Reports on military cantonments and civil stations in the Presidency of Bombay inspected by the Sanitary Commissioner in the years 1875 and 1876
Year: 1875
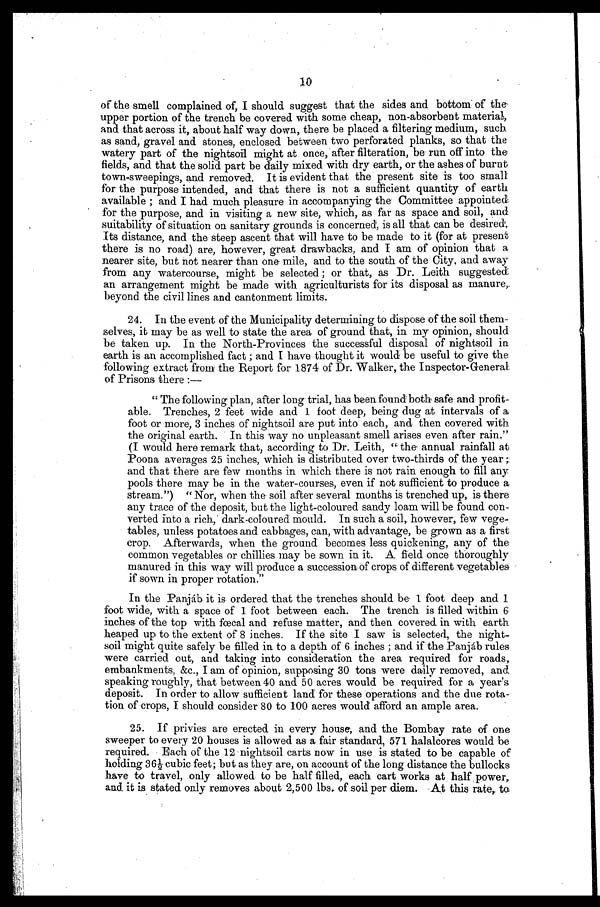
of the smell complained of, I should suggest that the sides and bottom of the
upper portion of the trench be covered with some cheap, non-absorbent material,
and that across it, about half way down, there be placed a filtering medium, such
as sand, gravel and stones, enclosed between two perforated planks, so that the
watery part of the nightsoil might at once, after filteration, be run off into the
fields, and that the solid part be daily mixed with dry earth, or the ashes of burnt
town-sweepings, and removed. It is evident that the present site is too small
for the purpose intended, and that there is not a sufficient quantity of earth
available; and I had much pleasure in accompanying the Committee appointed
for the purpose, and in visiting a new site, which, as far as space and soil, and
suitability of situation on sanitary grounds is concerned, is all that can be desired.
Its distance, and the steep ascent that will have to be made to it (for at present
there is no road) are, however, great drawbacks, and I am of opinion that a
nearer site, but not nearer than one mile, and to the south of the City, and away
from any watercourse, might be selected; or that, as Dr. Leith suggested
an arrangement might be made with agriculturists for its disposal as manure,
beyond the civil lines and cantonment limits.
24. In the event of the Municipality determining to dispose of the soil them-
selves, it may be as well to state the area of ground that, in my opinion, should
be taken up. In the North-Provinces the successful disposal of nightsoil
earth is an accomplished fact; and I have thought it would be useful to give the
following extract from the Report for 1874 of Dr. Walker, the Inspector-General
of Prisons there:—
"The following plan, after long trial, has been found both safe and profit-
able. Trenches, 2 feet wide and 1 foot deep, being dug at intervals of a
foot or more, 3 inches of nightsoil are put into each, and then covered with
the original earth. In this way no unpleasant smell arises even after rain."
(I would here remark that, according to Dr. Leith, "the annual rainfall at
Poona averages 25 inches, which is distributed over two-thirds of the year;
and that there are few months in which there is not rain enough to fill any
pools there may be in the water-courses, even if not sufficient to produce a
stream.") "Nor, when the soil after several months is trenched up, is there
any trace of the deposit, but the light-coloured sandy loam will be found con-
verted into a rich, dark-coloured mould. In such a soil, however, few vege-
tables, unless potatoes and cabbages, can, with advantage, be grown as a first
crop. Afterwards, when the ground becomes less quickening, any of the
common vegetables or chilies may be sown in it. A field once thoroughly
manured in this way will produce a succession of crops of different vegetables
if sown in proper rotation."
In the Panjáb it is ordered that the trenches should be 1 foot deep and 1
foot wide, with a space of 1 foot between each. The trench is filled within 6
inches of the top with fœcal and refuse matter, and then covered in with earth
heaped up to the extent of 8 inches. If the site I saw is selected, the night-
soil might quite safely be filled in to a depth of 6 inches; and if the Panjáb rules
were carried out, and taking into consideration the area required for roads,
embankments, &c., I am of opinion, supposing 30 tons were daily removed, and
speaking roughly, that between 40 and 50 acres would be required for a year's
deposit. In order to allow sufficient land for these operations and the due rota-
tion of crops, I should consider 80 to 100 acres would afford an ample area.
25. If privies are erected in every house, and the Bombay rate of one
sweeper to every 20 houses is allowed as a fair standard, 571 halalcores would be
required. Each of the 12 nightsoil carts now in use is stated to be capable of
h o l d i n g 3 6 ½ c u b i c f e e t ; b u t a s t h e y a r e , o n a c c o u n t o f t h e l o n g d i s t a n c e t h e b u l l o c k s
have to travel, only allowed to be half filled, each cart works at half power,
and it is stated only removes about 2,500 lbs. of soil per diem. At this rate, to